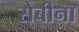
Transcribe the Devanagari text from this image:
सेबीना